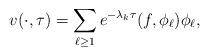
LaTeX: \begin{align*}v(\cdot ,\tau )=\sum_{\ell \geq 1}e^{-\lambda _k\tau}(f,\phi_\ell )\phi_\ell ,\end{align*}